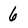
Character: 6